Annual administration report of the Civil Veterinary Department of India - 1895-1896
Year: 1895
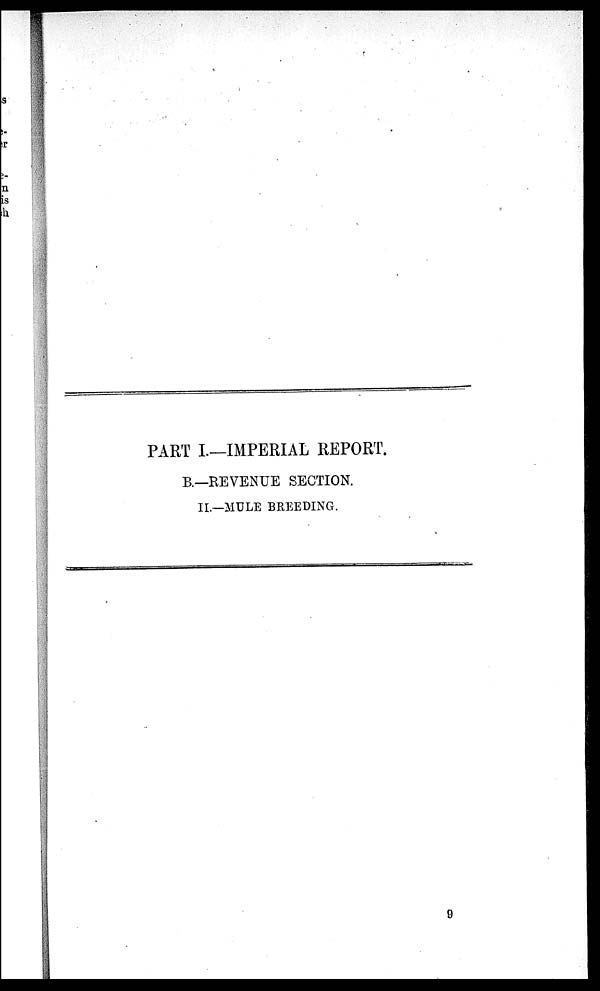
PART I.—IMPERIAL REPORT.
B.—REVENUE SECTION.
II.—MULE BREEDING.